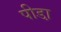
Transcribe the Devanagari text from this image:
पीडा़